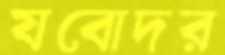
যবোদর